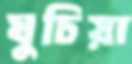
ঘুচিয়া